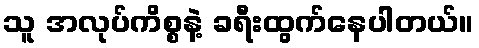
သူ အလုပ်ကိစ္စနဲ့ ခရီးထွက်နေပါတယ်။